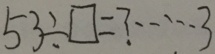
5 3 \div \square = ? \cdots 3